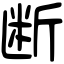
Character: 断